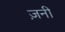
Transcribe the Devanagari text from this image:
ज़नी